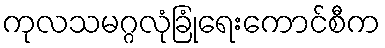
ကုလသမဂ္ဂလုံခြုံရေးကောင်စီက